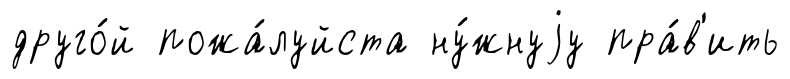
друго́й пожа́луйста ну́жнуjу пра́в'ить